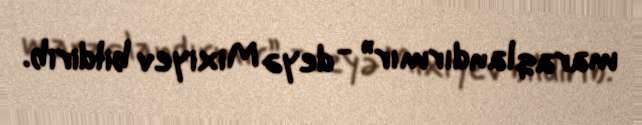
maraqlandırmır” - deyə Mixiyev bildirib.